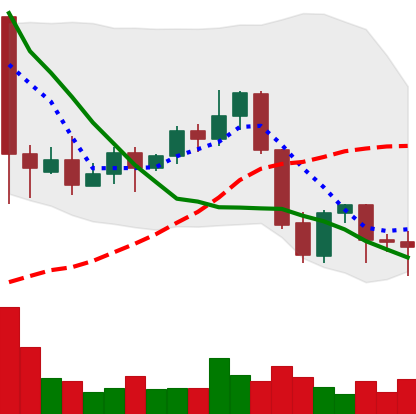
Ticker: EOS-USD
Chart end date: 2021-09-26
Forward return: 7.626%
Label: up_7plus